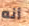
أنه